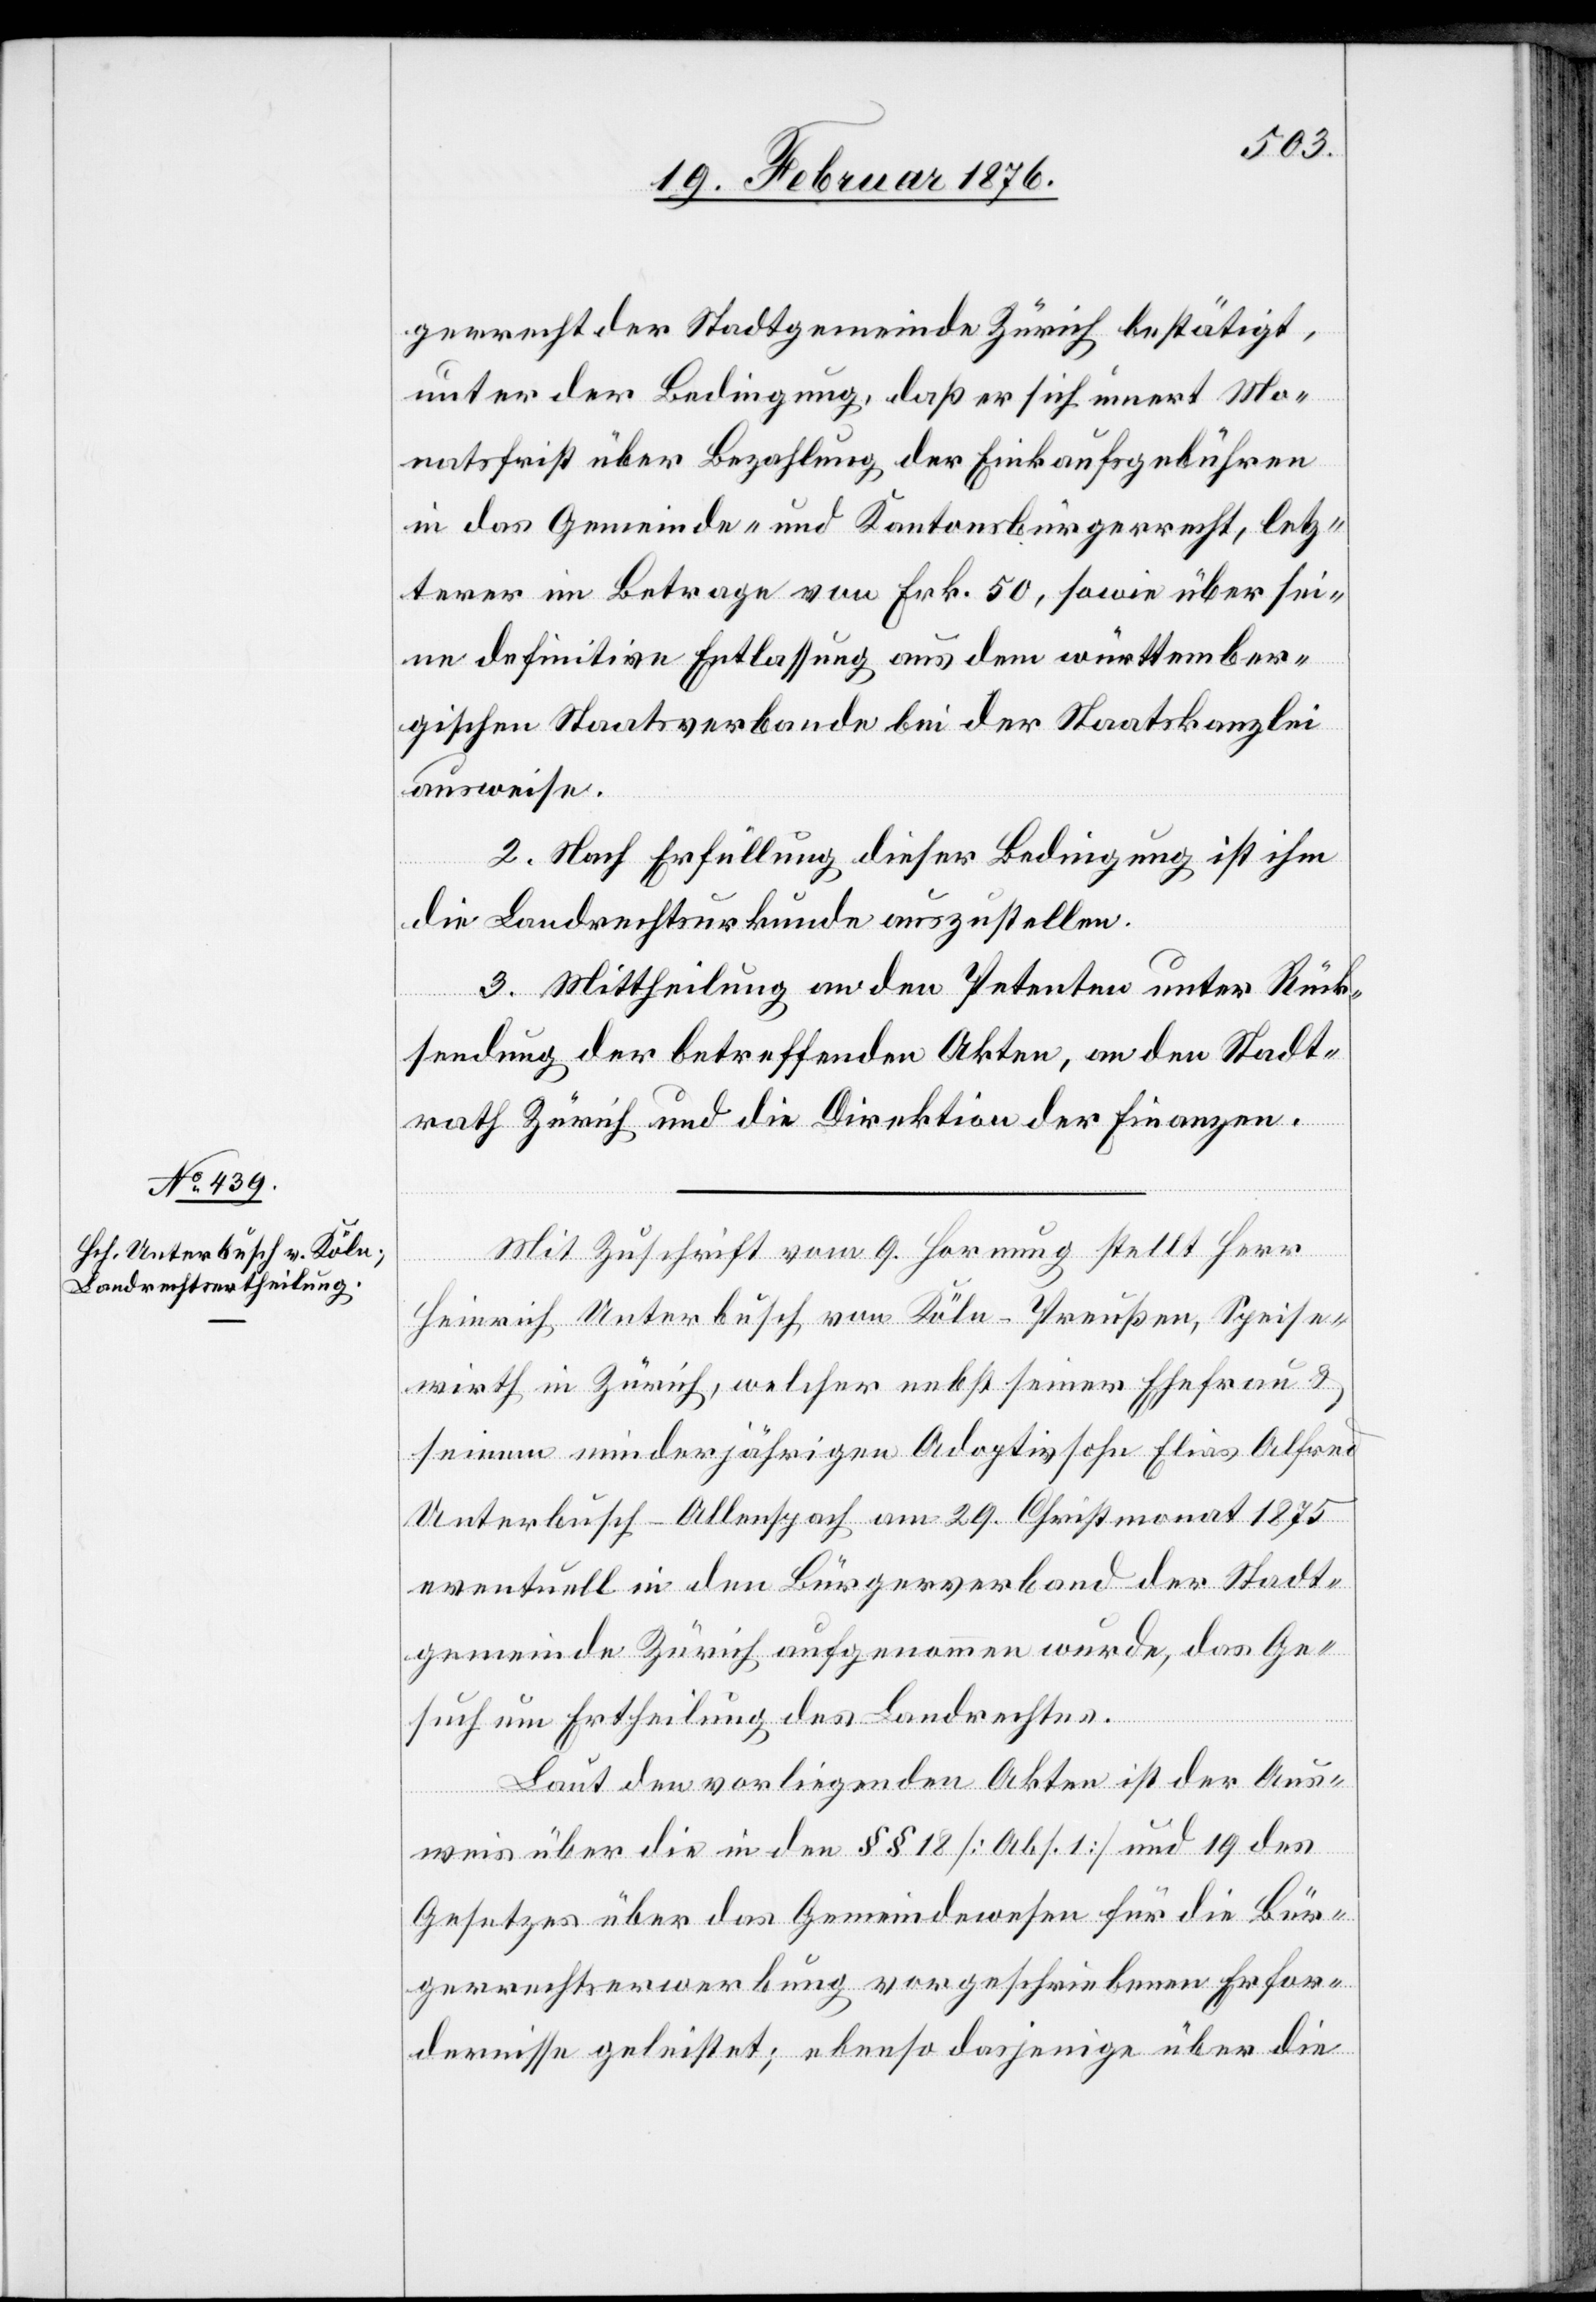
gerrecht der Stadtgemeinde Zürich bestätigt,
unter der Bedingung, daß er sich innert Mo¬
natsfrist über Bezahlung der Einkaufsgebühren
in das Gemeinde- und Kantonsbürgerrecht, letz¬
terer im Betrage von Frk. 50, sowie über sei¬
ne definitive Entlassung aus dem württember¬
gischen Staatsverbande bei der Staatskanzlei
ausweise.
2. Nach Erfüllung dieser Bedingung ist ihm
die Landrechtsurkunde auszustellen.
3. Mittheilung an den Petenten unter Rück¬
sendung der betreffenden Akten, an den Stadt¬
rath Zürich und die Direktion der Finanzen.